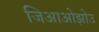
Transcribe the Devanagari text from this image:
जिआओझोउ